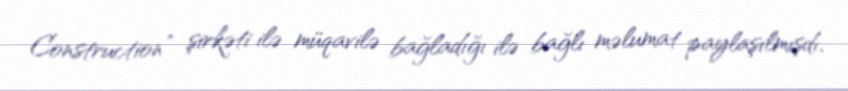
Construction” şirkəti ilə müqavilə bağladığı ilə bağlı məlumat paylaşılmışdı.